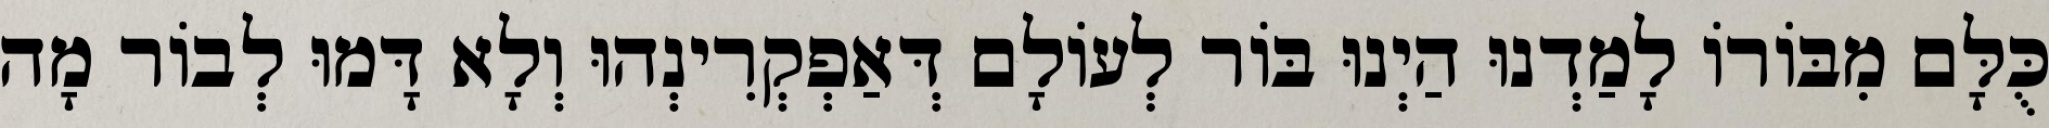
כֻּלָּם מִבּוֹרוֹ לָמַדְנוּ הַיְנוּ בּוֹר לְעוֹלָם דְּאַפְקְרִינְהוּ וְלָא דָּמוּ לְבוֹר מָה